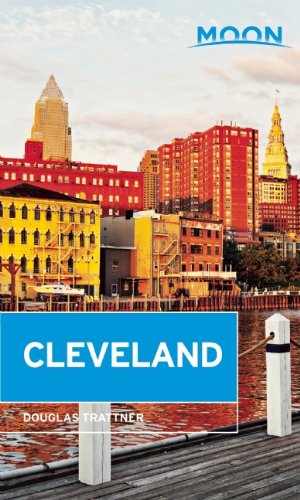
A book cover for Moon Cleveland (Moon Handbooks); Douglas Trattner; Travel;